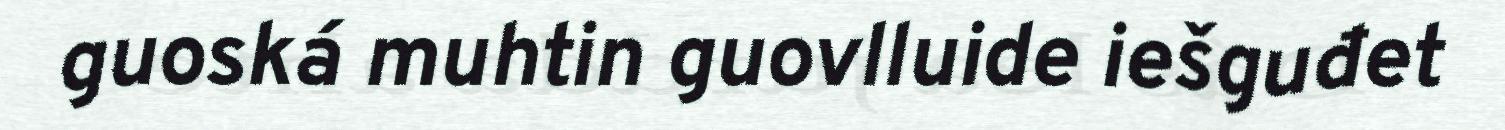
guoská muhtin guovlluide iešguđet